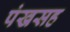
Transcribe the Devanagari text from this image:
पंखसह